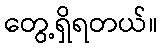
တွေ့ရှိရတယ်။